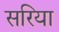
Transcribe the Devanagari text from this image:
सरिया